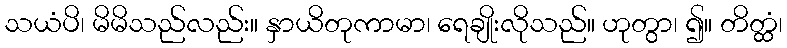
သယံပိ၊ မိမိသည်လည်း။ နှာယိတုကာမာ၊ ရေချိုးလိုသည်။ ဟုတွာ၊ ၍။ တိတ္ထံ၊